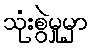
သုံးစွဲမှုမှာ